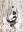
في